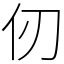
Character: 仞